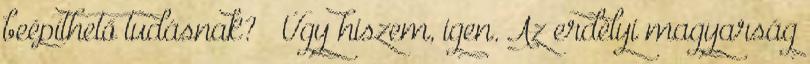
beépíthető tudásnak? – Úgy hiszem, igen. Az erdélyi magyarság